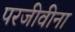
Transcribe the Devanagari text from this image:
परजीवीना